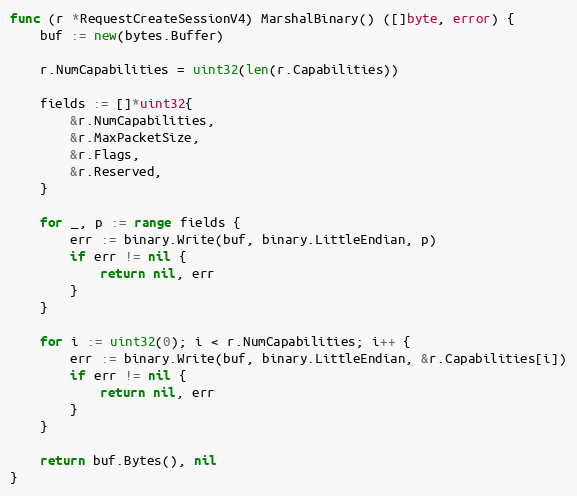
Language: Go
func (r *RequestCreateSessionV4) MarshalBinary() ([]byte, error) {
	buf := new(bytes.Buffer)

	r.NumCapabilities = uint32(len(r.Capabilities))

	fields := []*uint32{
		&r.NumCapabilities,
		&r.MaxPacketSize,
		&r.Flags,
		&r.Reserved,
	}

	for _, p := range fields {
		err := binary.Write(buf, binary.LittleEndian, p)
		if err != nil {
			return nil, err
		}
	}

	for i := uint32(0); i < r.NumCapabilities; i++ {
		err := binary.Write(buf, binary.LittleEndian, &r.Capabilities[i])
		if err != nil {
			return nil, err
		}
	}

	return buf.Bytes(), nil
}